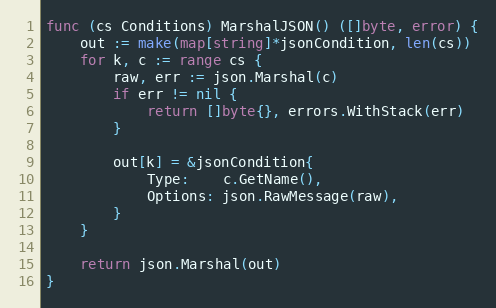
Language: Go
func (cs Conditions) MarshalJSON() ([]byte, error) {
	out := make(map[string]*jsonCondition, len(cs))
	for k, c := range cs {
		raw, err := json.Marshal(c)
		if err != nil {
			return []byte{}, errors.WithStack(err)
		}

		out[k] = &jsonCondition{
			Type:    c.GetName(),
			Options: json.RawMessage(raw),
		}
	}

	return json.Marshal(out)
}